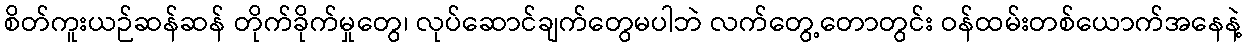
စိတ်ကူးယဉ်ဆန်ဆန် တိုက်ခိုက်မှုတွေ၊ လုပ်ဆောင်ချက်တွေမပါဘဲ လက်တွေ့တောတွင်း ဝန်ထမ်းတစ်ယောက်အနေနဲ့